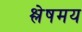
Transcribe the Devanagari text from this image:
श्लेषमय